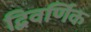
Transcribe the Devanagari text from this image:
द्विवर्णिक